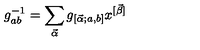
g _ { a b } ^ { - 1 } = \sum _ { \vec { \alpha } } g _ { [ \vec { \alpha } ; a , b ] } x ^ { [ \vec { \beta } ] }